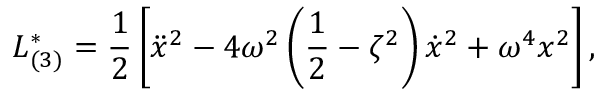
{ L } _ { ( 3 ) } ^ { * } = \frac { 1 } { 2 } \left[ \ddot { x } ^ { 2 } - 4 \omega ^ { 2 } \left( \frac { 1 } { 2 } - \zeta ^ { 2 } \right) \dot { x } ^ { 2 } + \omega ^ { 4 } x ^ { 2 } \right] ,